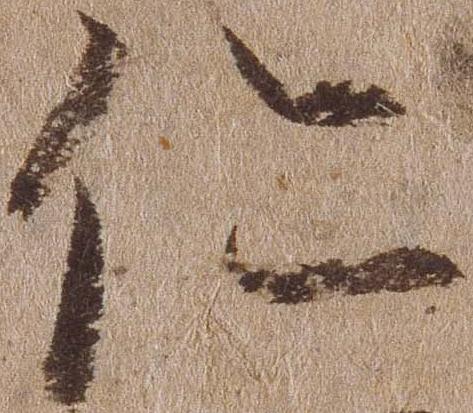
仁